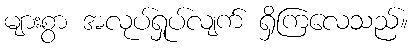
များစွာ အလုပ်ရှုပ်လျက် ရှိကြလေသည်။